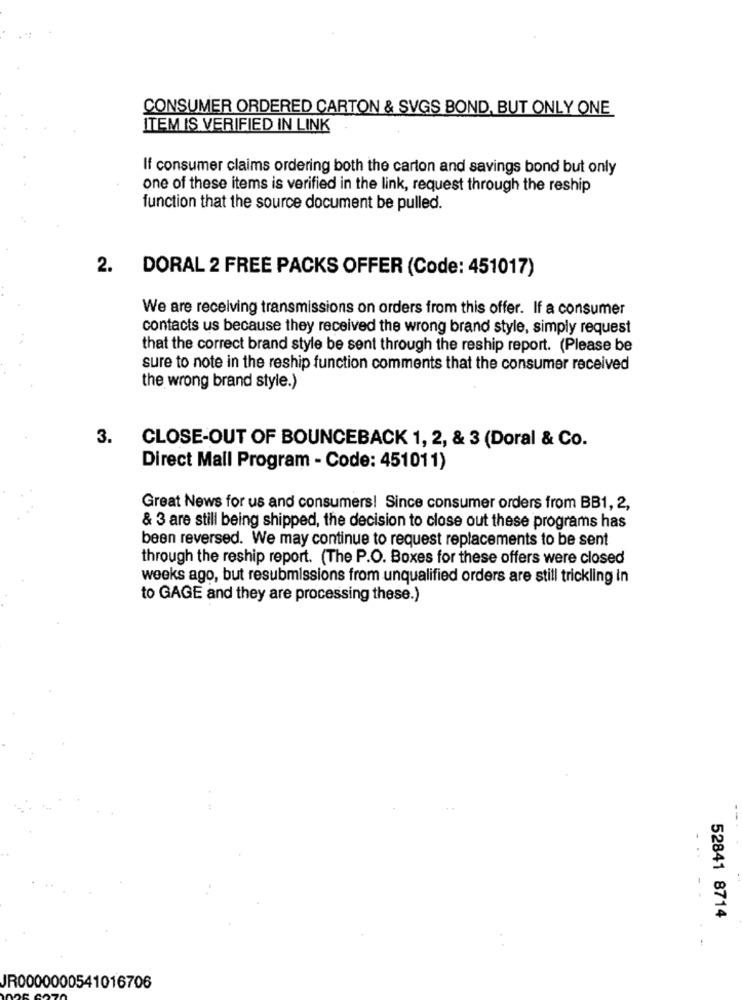
CONSUMER ORDERED CARTON & SVGS BOND, BUT ONLY ONE
ITEM IS VERIFIED IN LINK
If consumer claims ordering both the carton and savings bond but only
one of these items is verified in the link, request through the reship
function that the source document be pulled.
2. DORAL 2 FREE PACKS OFFER (Code: 451017)
We are receiving transmissions on orders from this offer. If a consumer
contacts us because they received the wrong brand style, simply request
that the correct brand style be sent through the reship report. (Please be
sure to note in the reship function comments that the consumer received
the wrong brand style.)
3.
CLOSE-OUT OF BOUNCEBACK 1, 2, & 3 (Doral & Co.
Direct Mail Program - Code: 451011)
Great News for us and consumers! Since consumer orders from BB1, 2,
& 3 are still being shipped, the decision to close out these programs has
been reversed. We may continue to request replacements to be sent
through the reship report. (The P.O. Boxes for these offers were closed
weeks ago, but resubmissions from unqualified orders are still trickling in
to GAGE and they are processing these.)
52841 8714
JR0000000541016706